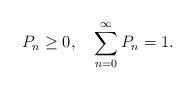
\begin{align*}P_n\ge0, \quad \sum_{n=0}^\infty P_n=1. \end{align*}